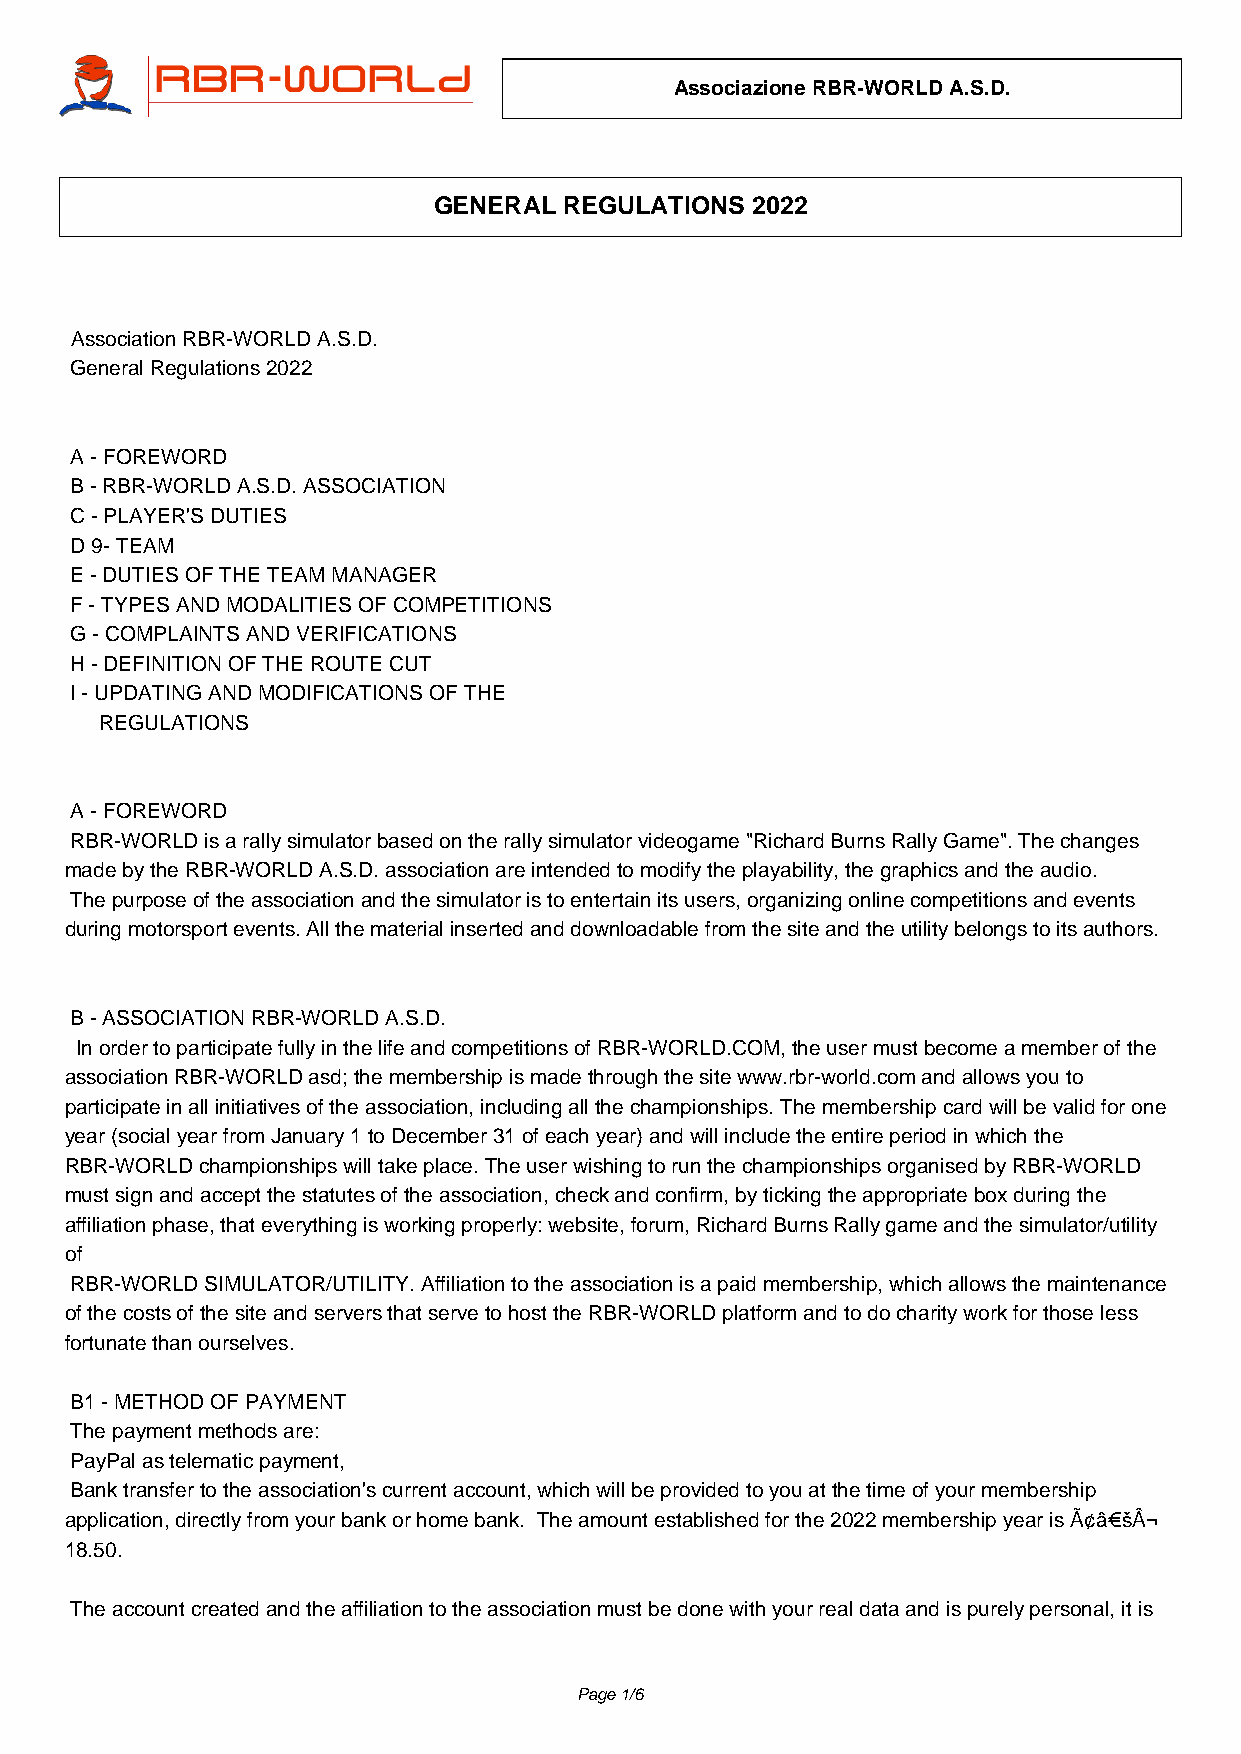
Associazione RBR-WORLD A.S.D.
 GENERAL REGULATIONS  2022
 Association RBR-WORLD A.S.D.
 General Regulations 2022
 A - FOREWORD
 B - RBR-WORLD A.S.D. ASSOCIATION
 C - PLAYER'S DUTIES
 D 9- TEAM
 E - DUTIES OF THE TEAM MANAGER
 F - TYPES AND MODALITIES OF COMPETITIONS
 G - COMPLAINTS AND VERIFICATIONS
 H - DEFINITION OF THE ROUTE CUT
 I - UPDATING AND MODIFICATIONS OF THE
 REGULATIONS
 A - FOREWORD
 RBR-WORLD is a rally simulator based on the rally simulator videogame "Richard Burns Rally Game". The changes
 made by the RBR-WORLD A.S.D. association are intended to modify the playability, the graphics and the audio.
 The purpose of the association and the simulator is to entertain its users, organizing online competitions and events
 during motorsport events. All the material inserted and downloadable from the site and the utility belongs to its authors.
 B - ASSOCIATION RBR-WORLD A.S.D.
 In order to participate fully in the life and competitions of RBR-WORLD.COM, the user must become a member of the
 association RBR-WORLD asd; the membership is made through the site www.rbr-world.com and allows you to
 participate in all initiatives of the association, including all the championships. The membership card will be valid for one
 year (social year from January 1 to December 31 of each year) and will include the entire period in which the
 RBR-WORLD championships will take place. The user wishing to run the championships organised by RBR-WORLD
 must sign and accept the statutes of the association, check and confirm, by ticking the appropriate box during the
 affiliation phase, that everything is working properly: website, forum, Richard Burns Rally game and the simulator/utility
 of
 RBR-WORLD SIMULATOR/UTILITY. Affiliation to the association is a paid membership, which allows the maintenance
 of the costs of the site and servers that serve to host the RBR-WORLD platform and to do charity work for those less
 fortunate than ourselves.
 B1 - METHOD OF PAYMENT
 The payment methods are:
 PayPal as telematic payment,
 Bank transfer to the association's current account, which will be provided to you at the time of your membership
 application, directly from your bank or home bank. The amount established for the 2022 membership year is Ã¢â€šÂ¬
 18.50.
 The account created and the affiliation to the association must be done with your real data and is purely personal, it is
 Page 1/6